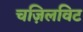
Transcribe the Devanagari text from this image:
चज़िलविट